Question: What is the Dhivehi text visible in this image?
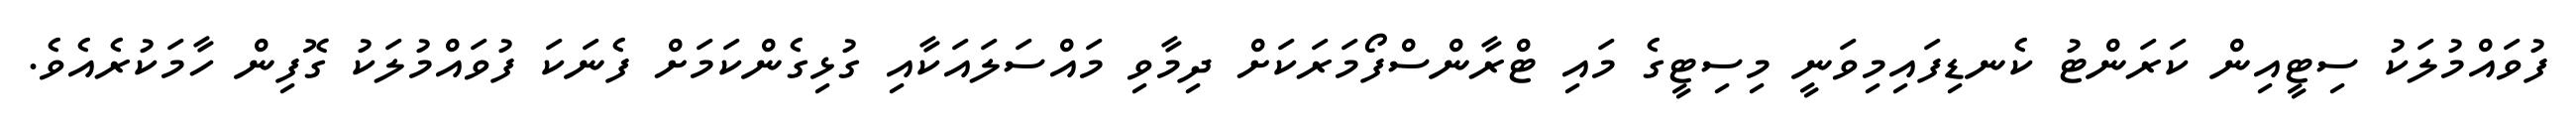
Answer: ފުވައްމުލަކު ސިޓީއިން ކަރަންޓު ކެނޑިފައިމިވަނީ މިސިޓީގެ މައި ޓްރާންސްފޯމަރަކަށް ދިމާވި މައްސަލައަކާއި ގުޅިގެންކަމަށް ފެނަކަ ފުވައްމުލަކު ގޮފިން ހާމަކުރެއެވެ.